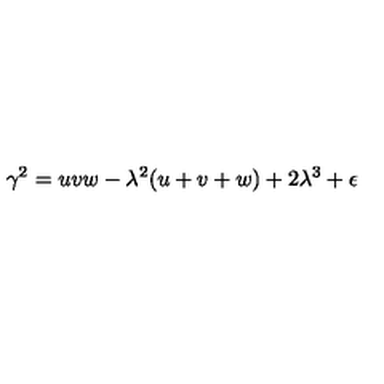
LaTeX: \gamma ^ { 2 } = u v w - \lambda ^ { 2 } ( u + v + w ) + 2 \lambda ^ { 3 } + \epsilon